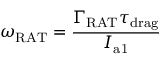
\omega _ { \mathrm { R A T } } = \frac { \Gamma _ { \mathrm { R A T } } \tau _ { \mathrm { d r a g } } } { I _ { \mathrm { a 1 } } }